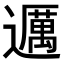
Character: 𬩤